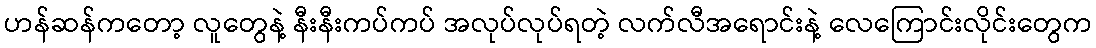
ဟန်ဆန်ကတော့ လူတွေနဲ့ နီးနီးကပ်ကပ် အလုပ်လုပ်ရတဲ့ လက်လီအရောင်းနဲ့ လေကြောင်းလိုင်းတွေက